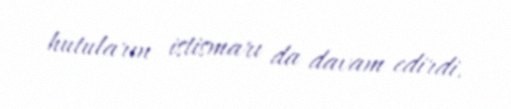
hutuların istismarı da davam edirdi.